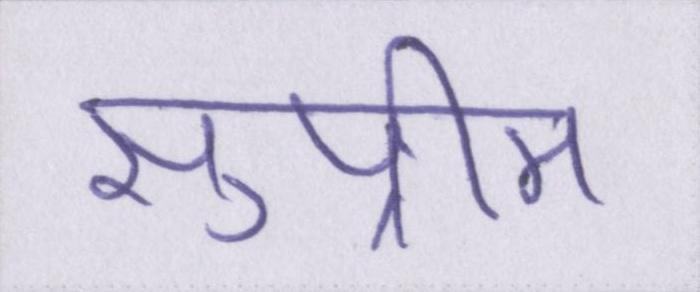
सुप्रीम